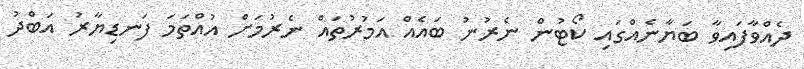
ދެއްވާފައިވާ ބަޔާނެއްގައި ކޯޓުން ނެރުނު ބައެއް އަމުރުތައް ނެރުމަށް އުއްތަމަ ފަނޑިޔާރު އަބްދު